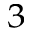
^ { 3 }